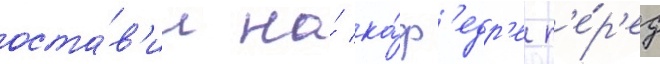
оста́в'ил на́ ка́ф'едр'е п'е́р'ед